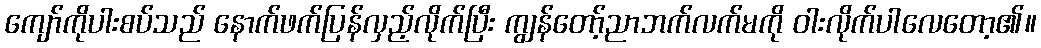
ကျော်ကိုပါးစပ်သည် နောက်ဖက်ပြန်လှည့်လိုက်ပြီး ကျွန်တော့်ညာဘက်လက်မကို ဝါးလိုက်ပါလေတော့၏။